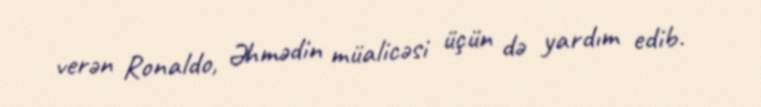
verən Ronaldo, Əhmədin müalicəsi üçün də yardım edib.